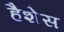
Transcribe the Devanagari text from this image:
हैशेस